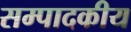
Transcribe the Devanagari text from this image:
सम्‍पादकीय